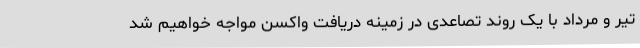
تیر و مرداد با یک روند تصاعدی در زمینه دریافت واکسن مواجه خواهیم شد